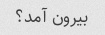
بیرون آمد؟